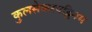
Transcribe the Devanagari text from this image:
कुलसेकरपट्टिनम